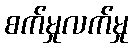
စက်မှုလက်မှု